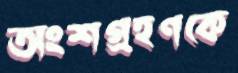
অংশগ্রহণকে